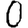
Digit: 0